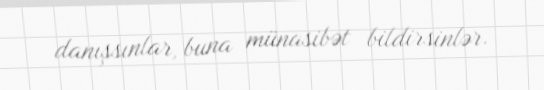
danışsınlar, buna münasibət bildirsinlər.